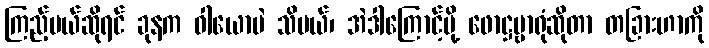
ကြည့်မယ်ဆိုရင် ခုနက ဝါယောပဲ သိမယ်၊ အဲဒါကြောင့်မို့ ဖောဋ္ဌဗ္ဗာရုံဆိုတာ တခြားဟာကို